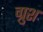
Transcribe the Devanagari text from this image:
ग्रुश